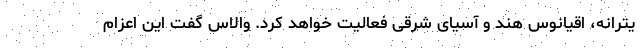
یترانه، اقیانوس هند و آسیای شرقی فعالیت خواهد کرد. والاس گفت این اعزام